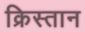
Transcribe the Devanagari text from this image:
क्रिस्तान